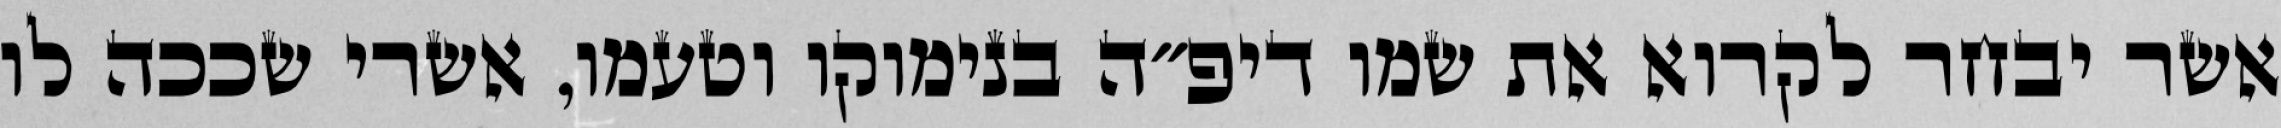
אשר יבחר לקרוא את שמו דיפ״ה בנימוקו וטעמו, אשרי שככה לו